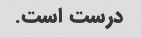
درست است.